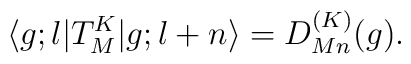
\langle g;l|T^{K}_{M}|g;l+n\rangle=D^{(K)}_{Mn}(g).